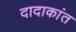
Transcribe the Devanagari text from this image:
दादाकांत